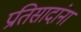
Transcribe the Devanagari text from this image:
प्रतिसादांना